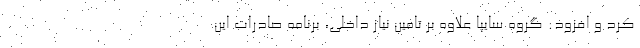
کرد و افزود: گروه سایپا علاوه بر تامین نیاز داخلی، برنامه صادرات این